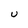
Character: u